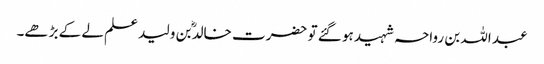
عبد اللہ بن رواحہ شہید ہو گئے تو حضرت خالدؓ بن ولید علم لے کے بڑھے۔